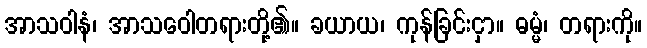
အာသဝါနံ၊ အာသဝေါတရားတို့၏။ ခယာယ၊ ကုန်ခြင်းငှာ။ ဓမ္မံ၊ တရားကို။